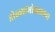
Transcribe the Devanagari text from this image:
डोळ्यांभोवतालचा